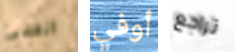
السئ أوفي تراجع